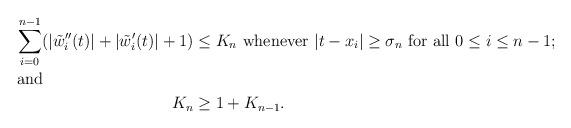
LaTeX: \begin{align*} \sum_{i=0}^{n-1} (|\tilde{w}''_i (t)| + |\tilde{w}_i'(t)| +1)&\leq K_n\ \textrm{whenever $|t - x_i | \geq \sigma_n$ for all $0 \leq i \leq n-1$};\\\shortintertext{and} K_n &\geq 1+ K_{n-1}. \end{align*}